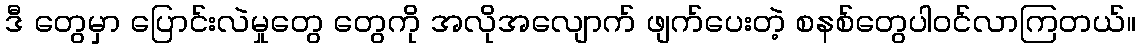
ဒီ တွေမှာ ပြောင်းလဲမှုတွေ တွေကို အလိုအလျောက် ဖျက်ပေးတဲ့ စနစ်တွေပါဝင်လာကြတယ်။